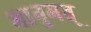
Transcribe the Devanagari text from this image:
भानुमत्